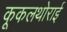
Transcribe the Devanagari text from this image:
कूकलथोराई